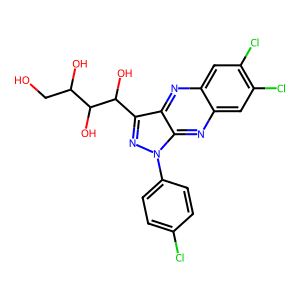
SMILES: OCC(O)C(O)C(O)c1nn(-c2ccc(Cl)cc2)c2nc3cc(Cl)c(Cl)cc3nc12
Inhibits HIV replication: No